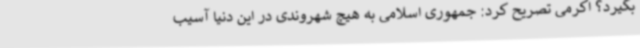
بگیرد؟ اکرمی تصریح کرد: جمهوری اسلامی به هیچ شهروندی در این دنیا آسیب